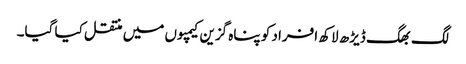
لگ بھگ ڈیڑھ لاکھ افراد کو پناہ گزین کیمپوں میں منتقل کیا گیا۔